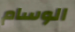
الوسام